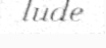
lude